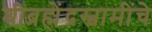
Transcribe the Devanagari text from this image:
श्रीब्रह्मेंद्रस्वामींचे